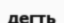
дегть